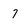
Character: 7